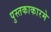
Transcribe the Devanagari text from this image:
पुस्तकाकारमे